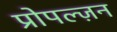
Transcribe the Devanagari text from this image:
प्रोपल्ज़न